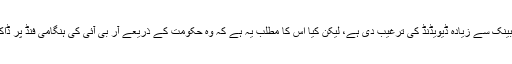
ماضی میں انہوں نے سینٹرل بینک سے زیادہ ڈیویڈنڈ کی ترغیب دی ہے، لیکن کیا اس کا مطلب یہ ہے کہ وہ حکومت کے ذریعے آر بی آئی کی ہنگامی فنڈ پر ڈاکا ڈالنے کی حمایت کریں‌گے؟